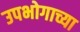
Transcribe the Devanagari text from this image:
उपभोगाच्या